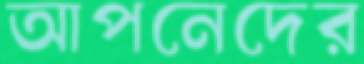
আপনেদের